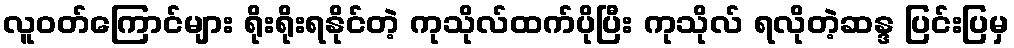
လူဝတ်ကြောင်များ ရိုးရိုးရနိုင်တဲ့ ကုသိုလ်ထက်ပိုပြီး ကုသိုလ် ရလိုတဲ့ဆန္ဒ ပြင်းပြမှ